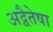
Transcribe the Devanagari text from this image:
अद्वैतेषा